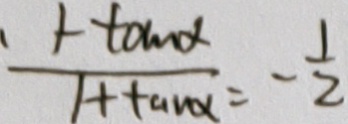
\frac { 1 - \tan \alpha } { 1 + \tan \alpha } = - \frac { 1 } { 2 }